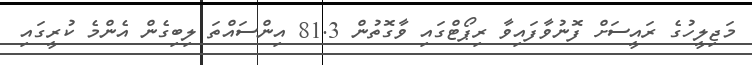
މަޖިލީހުގެ ރައީސަށް ފޮނުވާފައިވާ ރިޕޯޓްގައި ވާގޮތުން 81.3 އިންސައްތަ ލިބިގެން އެންމެ ކުރީގައި